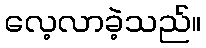
လေ့လာခဲ့သည်။